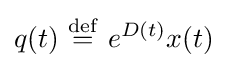
q(t)\ {\stackrel {\mathrm {def} }{=}}\ e^{D(t)}x(t)